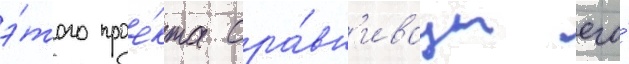
э́того прое́кта сра́вн'иваут его́